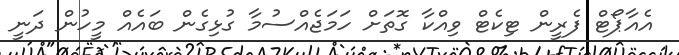
އެއާޕޯޓް ފެރީން ޓިކެޓް ވިއްކާ ގޮތަށް ހަމަޖެއްސުމާ ގުޅިގެން ބައެއް މީހުން ދަނީ